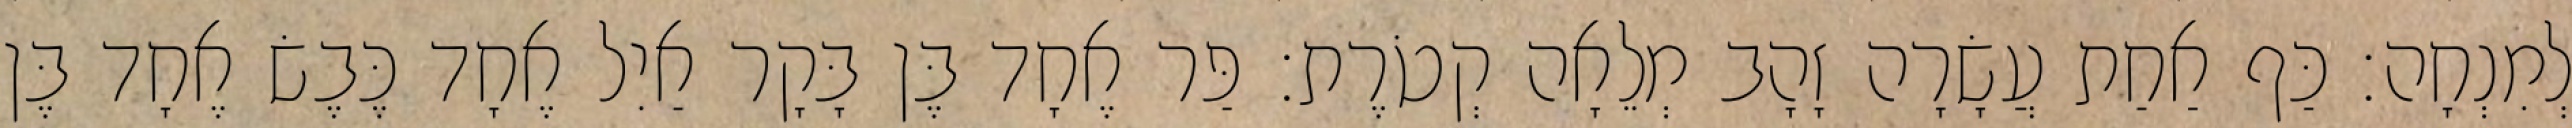
לְמִנְחָה׃ כַּף אַחַת עֲשָׂרָה זָהָב מְלֵאָה קְטֹרֶת׃ פַּר אֶחָד בֶּן בָּקָר אַיִל אֶחָד כֶּבֶשׂ אֶחָד בֶּן